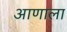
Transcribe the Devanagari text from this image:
आणाला